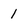
Character: 1